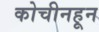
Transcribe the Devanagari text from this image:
कोचीनहून